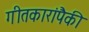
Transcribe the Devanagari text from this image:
गीतकारांपैकी